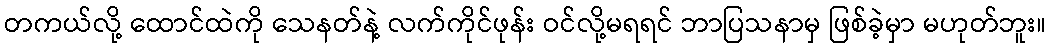
တကယ်လို့ ထောင်ထဲကို သေနတ်နဲ့ လက်ကိုင်ဖုန်း ဝင်လို့မရရင် ဘာပြသနာမှ ဖြစ်ခဲ့မှာ မဟုတ်ဘူး။